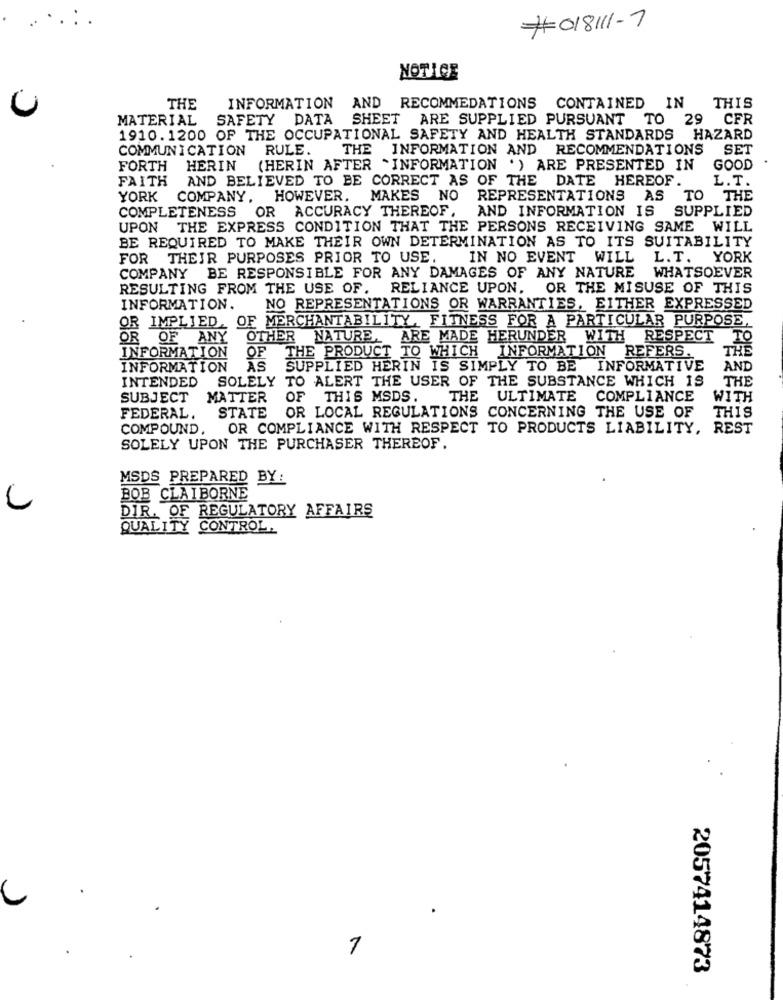
#018111-7
NOTICE
AND
THE
INFORMATION
RECOMMEDATIONS CONTAINED IN
THIS
MATERIAL
SAFETY DATA
SHEET
ARE SUPPLIED PURSUANT TO 29
CFR
1910.1200 OF THE OCCUPATIONAL SAFETY AND HEALTH STANDARDS HAZARD
COMMUNICATION RULE.
THE INFORMATION AND RECOMMENDATIONS
SET
FORTH
HERIN (HERIN AFTER "INFORMATION .) ARE PRESENTED IN
GOOD
FAITH
AND BELIEVED TO BE CORRECT AS OF THE DATE HEREOF.
L.T.
YORK
COMPANY, HOWEVER,
MAKES NO
REPRESENTATIONS AS
TO
THE
COMPLETENESS
OR ACCURACY THEREOF,
AND INFORMATION IS SUPPLIED
UPON THE EXPRESS CONDITION THAT THE PERSONS RECEIVING SAME WILL
BE REQUIRED TO MAKE THEIR OWN DETERMINATION AS TO ITS SUITABILITY
FOR THEIR PURPOSES PRIOR TO USE.
IN NO EVENT
WILL
L.T.
YORK
COMPANY BE RESPONSIBLE FOR ANY DAMAGES OF ANY NATURE
WHATSOEVER
RESULTING FROM THE USE OF.
,RELIANCE UPON, OR THE MISUSE OF THIS
INFORMATION.
NO REPRESENTATIONS OR WARRANTIES, EITHER EXPRESSED
OR IMPLIED. OF MERCHANTABILITY, FITNESS FOR A PARTICULAR PURPOSE,
OR OF ANY OTHER NATURE, ARE MADE HERUNDER WITH
RESPECT
TO
OF
THE
INFORMATION
THE PRODUCT TO WHICH INFORMATION REFERS.
INFORMATION
AS
SUPPLIED HERIN IS SIMPLY TO BE INFORMATIVE
AND
SOLELY TO ALERT THE USER OF THE SUBSTANCE WHICH IS
THE
INTENDED
SUBJECT
MATTER
OF THIS MSDS
THE ULTIMATE COMPLIANCE
WITH
STATE
OR LOCAL REGULATIONS CONCERNING THE USE OF
THIS
FEDERAL.
COMPOUND,
OR COMPLIANCE WITH RESPECT TO PRODUCTS LIABILITY, REST
SOLELY UPON THE PURCHASER THEREOF.
MSDS PREPARED BY:
BOB CLAIBORNE
DIR. OF REGULATORY AFFAIRS
QUALITY CONTROL
7
2057414873